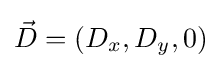
{\vec {D}}=(D_{x},D_{y},0)